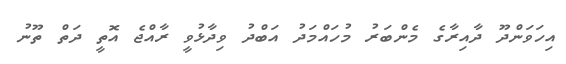
އިހަވަންދޫ ދާއިރާގެ މެންބަރު މުހައްމަދު އަބްދު ވިދާޅުވީ ރާއްޖެ އޮތީ ދަތް ތޫނު